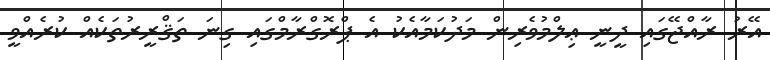
އޭރު ރާއްޖޭގައި ދީނީ ޢިލްމުވެރިން މަދުކަމާއެކު އެ ޕްރޮގްރާމްގައި ގިނަ ތަޤްރީރުތަކެއް ކުރެއްވީ